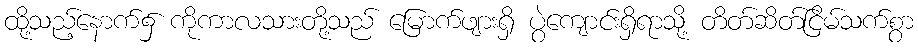
ထို့သည့်နောက်၌ ကိုကာလသားတို့သည် မြောက်ဖျားရှိ ပွဲကျောင်းရှိရာသို့ တိတ်ဆိတ်ငြိမ်သက်စွာ